Indian journal of veterinary science and animal husbandry - Volume 6,
Year: 1936
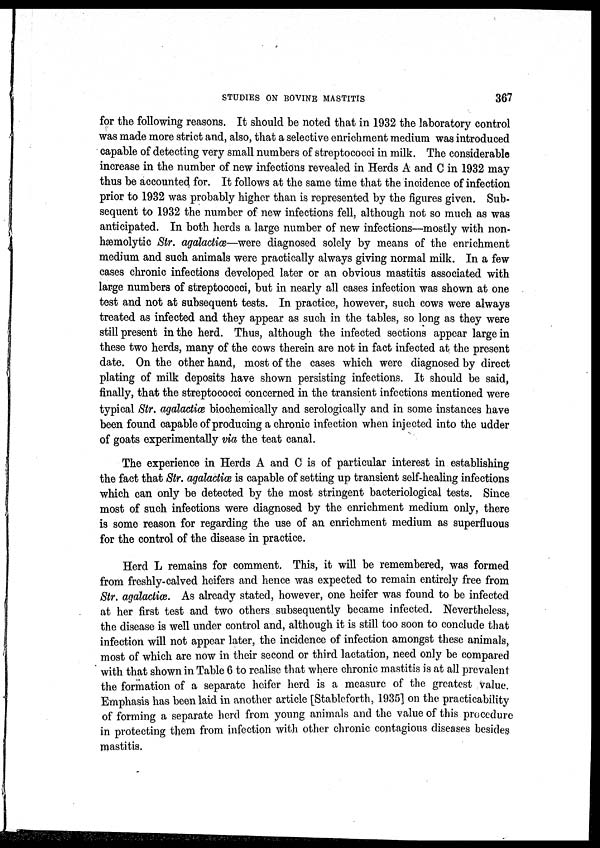
STUDIES ON BOVINE MASTITIS
367
for the following reasons. It should be noted that in 1932 the laboratory control
was made more strict and, also, that a selective enrichment medium was introduced
capable of detecting very small numbers of streptococci in milk. The considerable
increase in the number of new infections revealed in Herds A and C in 1932 may
thus be accounted for. It follows at the same time that the incidence of infection
prior to 1932 was probably higher than is represented by the figures given. Sub-
sequent to 1932 the number of new infections fell, although not so much as was
anticipated. In both herds a large number of new infections—mostly with non-
hæmolytic Str. agalactiæ—were diagnosed solely by means of the enrichment
medium and such animals were practically always giving normal milk. In a few
cases chronic infections developed later or an obvious mastitis associated with
large numbers of streptococci, but in nearly all cases infection was shown at one
test and not at subsequent tests. In practice, however, such cows were always
treated as infected and they appear as such in the tables, so long as they were
still present in the herd. Thus, although the infected sections appear large in
these two herds, many of the cows therein are not in fact infected at the present
date. On the other hand, most of the cases which were diagnosed by direct
plating of milk deposits have shown persisting infections. It should be said,
finally, that the streptococci concerned in the transient infections mentioned were
typical Str. agalactiæ biochemically and serologically and in some instances have
been found capable of producing a chronic infection when injected into the udder
of goats experimentally via the teat canal.
The experience in Herds A and C is of particular interest in establishing
the fact that Str. agalactiæ is capable of setting up transient self-healing infections
which can only be detected by the most stringent bacteriological tests. Since
most of such infections were diagnosed by the enrichment medium only, there
is some reason for regarding the use of an enrichment medium as superfluous
for the control of the disease in practice.
Herd L remains for comment. This, it will be remembered, was formed
from freshly-calved heifers and hence was expected to remain entirely free from
Str. agalactiæ. As already stated, however, one heifer was found to be infected
at her first test and two others subsequently became infected. Nevertheless,
the disease is well under control and, although it is still too soon to conclude that
infection will not appear later, the incidence of infection amongst these animals,
most of which are now in their second or third lactation, need only be compared
with that shown in Table 6 to realise that where chronic mastitis is at all prevalent
the formation of a separate heifer herd is a measure of the greatest value.
Emphasis has been laid in another article [Stableforth, 1935] on the practicability
of forming a separate herd from young animals and the value of this procedure
in protecting them from infection with other chronic contagious diseases besides
mastitis.